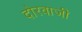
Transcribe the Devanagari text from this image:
दोरवाजी